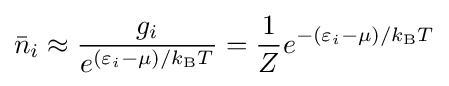
{\bar {n}}_{i}\approx {\frac {g_{i}}{e^{(\varepsilon _{i}-\mu )/k_{\text{B}}T}}}={\frac {1}{Z}}e^{-(\varepsilon _{i}-\mu )/k_{\text{B}}T}